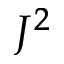
J ^ { 2 }